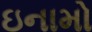
ઇનામો